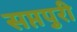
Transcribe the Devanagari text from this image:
सप्तपुरी